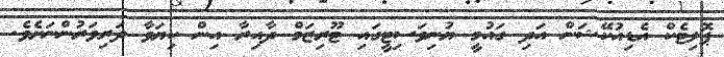
ޕޮލިޓެކް އެޑިއުކޭޝަން އަދި ގައުމީ ޔުނިވަސިޓީގައި ޓޫރިޒަމް ދާއިރާ އިން ކިޔަވާ ދަރިވަރުންނަށެވެ.